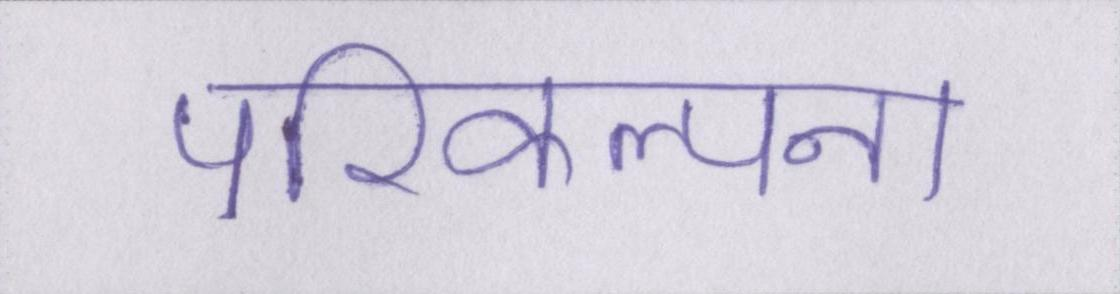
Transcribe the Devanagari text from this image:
परिकल्पना